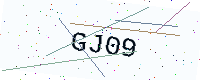
Text: GJ09